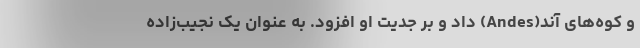
و کوه‌های آند(Andes) داد و بر جدیت او افزود. به عنوان یک نجیب‌زاده